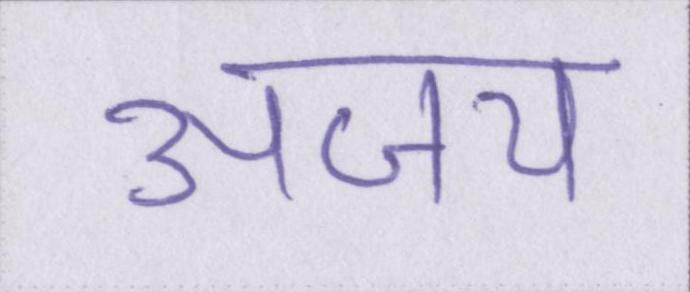
अजय